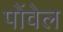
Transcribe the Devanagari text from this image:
पोंवेल